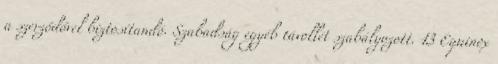
a szerződővel biztosítandó. Szabadság egyéb távollét szabályozott. 13 Equinox